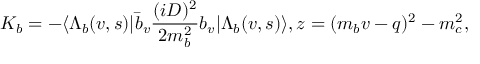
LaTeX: K _ { b } = - \langle \Lambda _ { b } ( v , s ) | \bar { b } _ { v } { \frac { ( i D ) ^ { 2 } } { 2 m _ { b } ^ { 2 } } } b _ { v } | \Lambda _ { b } ( v , s ) \rangle , z = ( m _ { b } v - q ) ^ { 2 } - m _ { c } ^ { 2 } ,